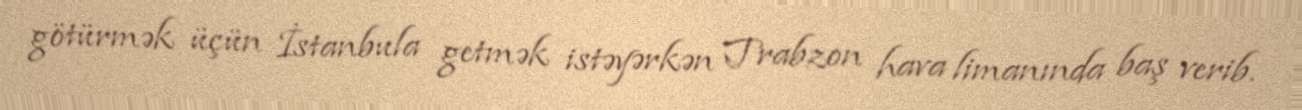
götürmək üçün İstanbula getmək istəyərkən Trabzon hava limanında baş verib.